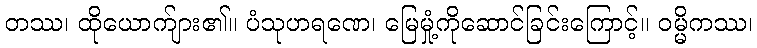
တဿ၊ ထိုယောက်ျား၏။ ပံသုဟရဏေ၊ မြေမှုံ့ကိုဆောင်ခြင်းကြောင့်။ ဝမ္မိကဿ၊